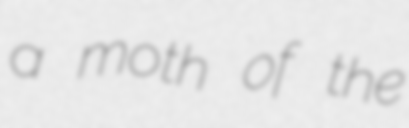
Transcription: a moth of the